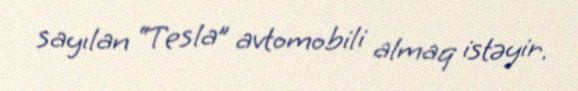
sayılan “Tesla” avtomobili almaq istəyir.